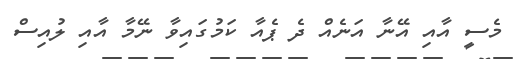
މެސީ އާއި އޭނާ އަނެއް ދެ ޕެއާ ކަމުގައިވާ ނޭމާ އާއި ލުއިސް